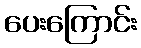
ပေးကြောင်း